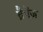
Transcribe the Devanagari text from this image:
ब्रैगेंज़